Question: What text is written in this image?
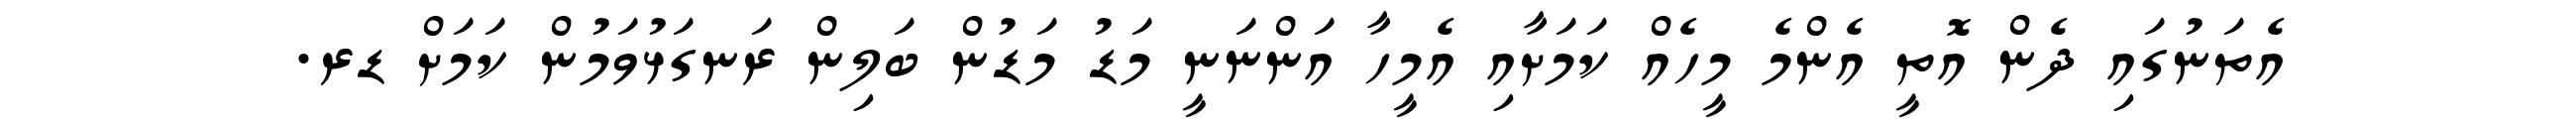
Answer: އެތަނުގައި ދެން އޮތީ އެންމެ މީހެއް ކަމަށާއި އެމީހާ އަންނަނީ މަޑު މަޑުން ބަލިން ރަނގަޅުވަމުން ކަމަށް ޑރ.